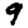
Digit: 9